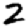
Digit: 2